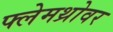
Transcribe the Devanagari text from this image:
फ्लेमथ्रोवर